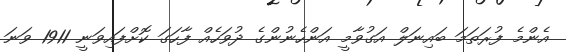
އެންމެ ފުރަތަމަ ބައިނަލް އަގުވާމީ އަންހެނުންގެ ދުވަހެއް ފާހަގަ ކޮށްފައިވަނީ 1911 ވަނަ